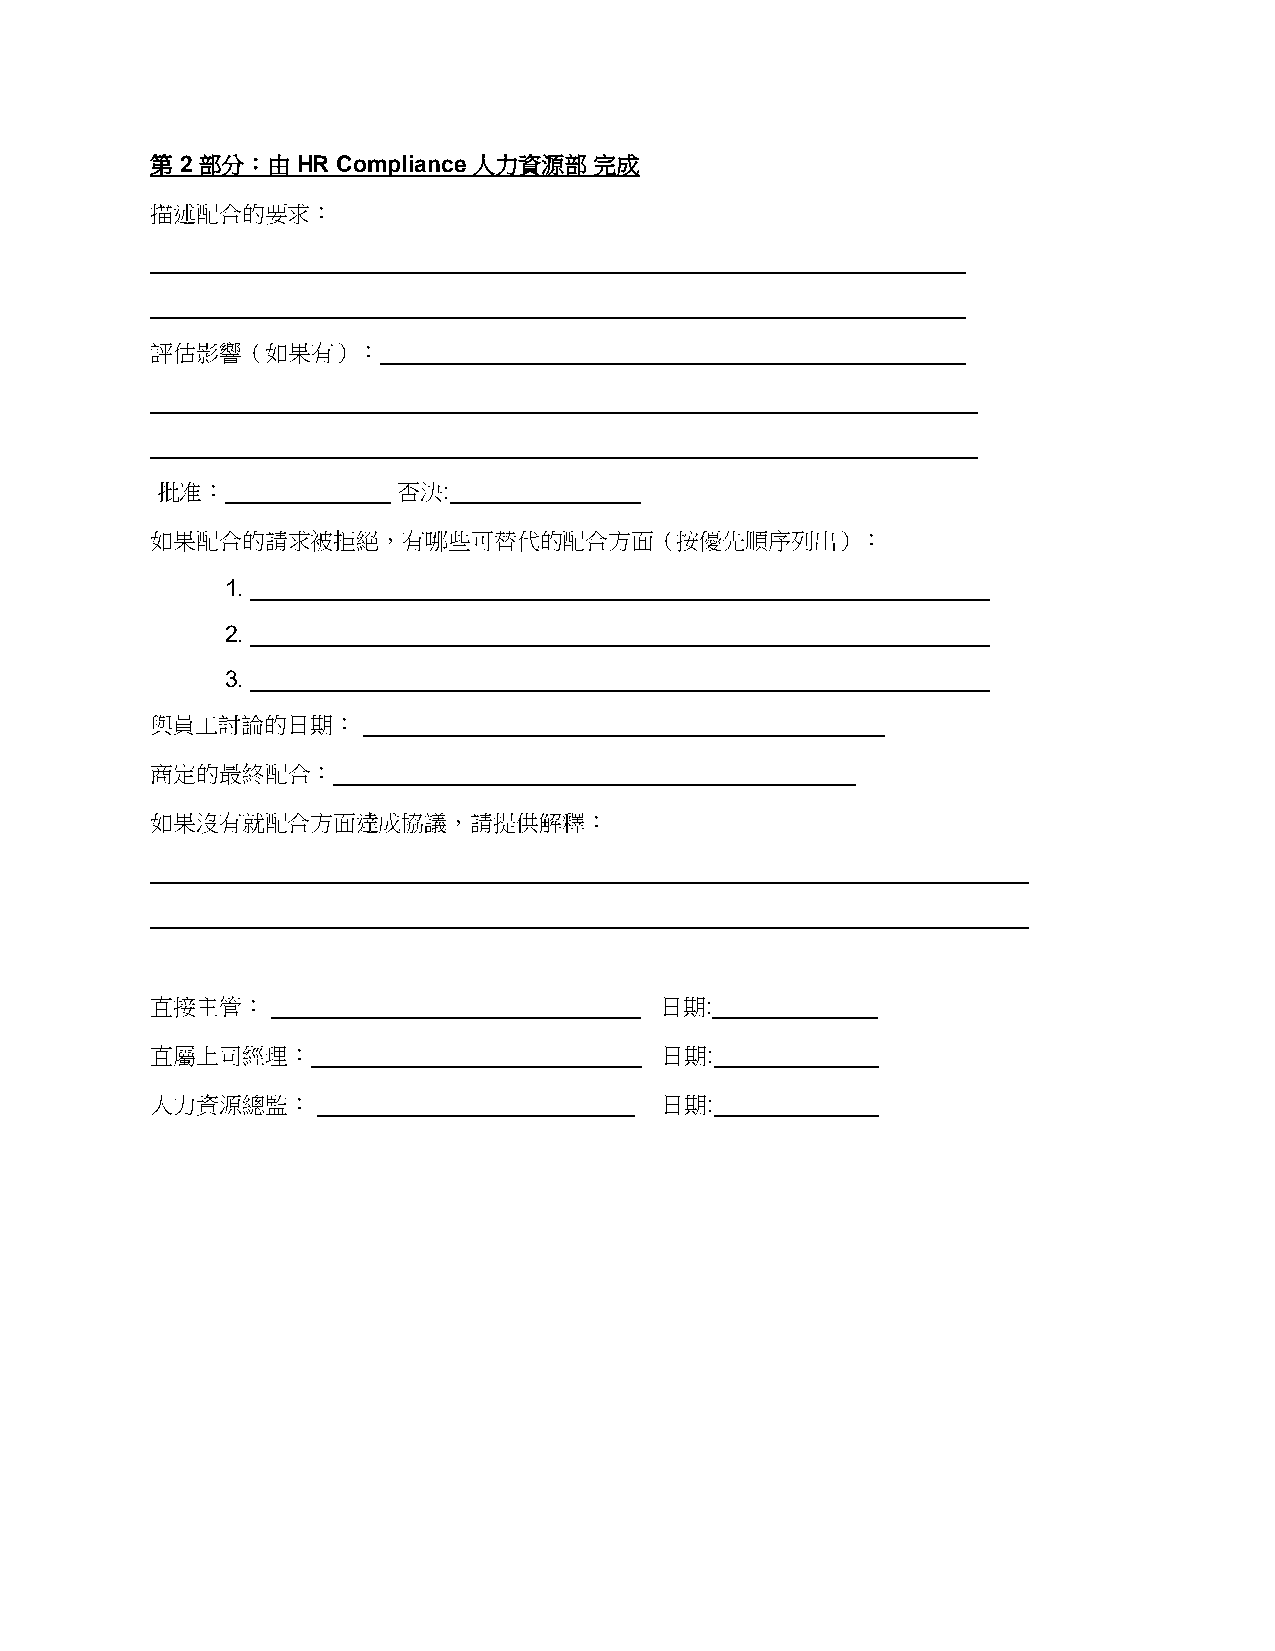
第 2 部分：由  HR Compliance 人力資源部 完成
 描述配合的要求：
 ________________________________________________________________
 ________________________________________________________________
 評估影響（如果有）：______________________________________________
 _________________________________________________________________
 _________________________________________________________________
 批准：_____________ 否決:_______________
 如果配合的請求被拒絕，有哪些可替代的配合方面（按優先順序列出）：
 1. __________________________________________________________
 2. __________________________________________________________
 3. __________________________________________________________
 與員工討論的日期：     _________________________________________
 商定的最終配合：_________________________________________
 如果沒有就配合方面達成協議，請提供解釋：
 _____________________________________________________________________
 _____________________________________________________________________
 直接主管：   _____________________________ 日期:_____________
 直屬上司經理：__________________________ 日期:_____________
 人力資源總監：    _________________________ 日期:_____________